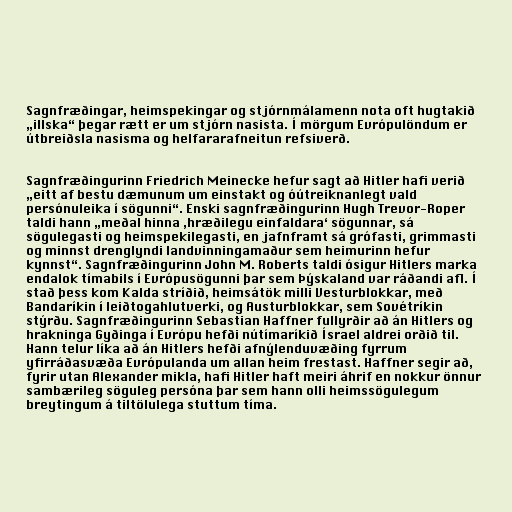
Sagnfræðingar, heimspekingar og stjórnmálamenn nota oft hugtakið
„illska“ þegar rætt er um stjórn nasista. Í mörgum Evrópulöndum er
útbreiðsla nasisma og helfararafneitun refsiverð.

Sagnfræðingurinn Friedrich Meinecke hefur sagt að Hitler hafi verið
„eitt af bestu dæmunum um einstakt og óútreiknanlegt vald
persónuleika í sögunni“. Enski sagnfræðingurinn Hugh Trevor-Roper
taldi hann „meðal hinna ‚hræðilegu einfaldara‘ sögunnar, sá
sögulegasti og heimspekilegasti, en jafnframt sá grófasti, grimmasti
og minnst drenglyndi landvinningamaður sem heimurinn hefur
kynnst“. Sagnfræðingurinn John M. Roberts taldi ósigur Hitlers marka
endalok tímabils í Evrópusögunni þar sem Þýskaland var ráðandi afl. Í
stað þess kom Kalda stríðið, heimsátök milli Vesturblokkar, með
Bandaríkin í leiðtogahlutverki, og Austurblokkar, sem Sovétríkin
stýrðu. Sagnfræðingurinn Sebastian Haffner fullyrðir að án Hitlers og
hrakninga Gyðinga í Evrópu hefði nútímaríkið Ísrael aldrei orðið til.
Hann telur líka að án Hitlers hefði afnýlenduvæðing fyrrum
yfirráðasvæða Evrópulanda um allan heim frestast. Haffner segir að,
fyrir utan Alexander mikla, hafi Hitler haft meiri áhrif en nokkur önnur
sambærileg söguleg persóna þar sem hann olli heimssögulegum
breytingum á tiltölulega stuttum tíma.